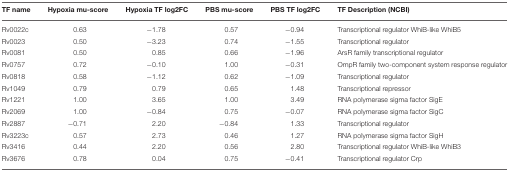
<table><thead><tr><td><b>TF name</b></td><td><b>Hypoxia mu-score</b></td><td><b>Hypoxia TF log2FC</b></td><td><b>PBS mu-score</b></td><td><b>PBS TF log2FC</b></td><td><b>TF Description (NCBI)</b></td></tr></thead><tbody><tr><td>Rv0022c</td><td>0.63</td><td>−1.78</td><td>0.57</td><td>−0.94</td><td>Transcriptional regulator WhiB-like WhiB5</td></tr><tr><td>Rv0023</td><td>0.50</td><td>−3.23</td><td>0.74</td><td>−1.55</td><td>Transcriptional regulator</td></tr><tr><td>Rv0081</td><td>0.50</td><td>0.85</td><td>0.66</td><td>−1.96</td><td>ArsR family transcriptional regulator</td></tr><tr><td>Rv0757</td><td>0.72</td><td>−0.10</td><td>1.00</td><td>−0.31</td><td>OmpR family two-component system response regulator</td></tr><tr><td>Rv0818</td><td>0.58</td><td>−1.12</td><td>0.62</td><td>−1.09</td><td>Transcriptional regulator</td></tr><tr><td>Rv1049</td><td>0.79</td><td>0.79</td><td>0.65</td><td>1.48</td><td>Transcriptional repressor</td></tr><tr><td>Rv1221</td><td>1.00</td><td>3.65</td><td>1.00</td><td>3.49</td><td>RNA polymerase sigma factor SigE</td></tr><tr><td>Rv2069</td><td>1.00</td><td>−0.84</td><td>0.75</td><td>−0.07</td><td>RNA polymerase sigma factor SigC</td></tr><tr><td>Rv2887</td><td>−0.71</td><td>2.20</td><td>−0.84</td><td>1.33</td><td>Transcriptional regulator</td></tr><tr><td>Rv3223c</td><td>0.57</td><td>2.73</td><td>0.46</td><td>1.27</td><td>RNA polymerase sigma factor SigH</td></tr><tr><td>Rv3416</td><td>0.44</td><td>2.20</td><td>0.56</td><td>2.80</td><td>Transcriptional regulator WhiB-like WhiB3</td></tr><tr><td>Rv3676</td><td>0.78</td><td>0.04</td><td>0.75</td><td>−0.41</td><td>Transcriptional regulator Crp</td></tr></tbody></table>